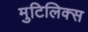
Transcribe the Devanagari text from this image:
मुटिलिक्स